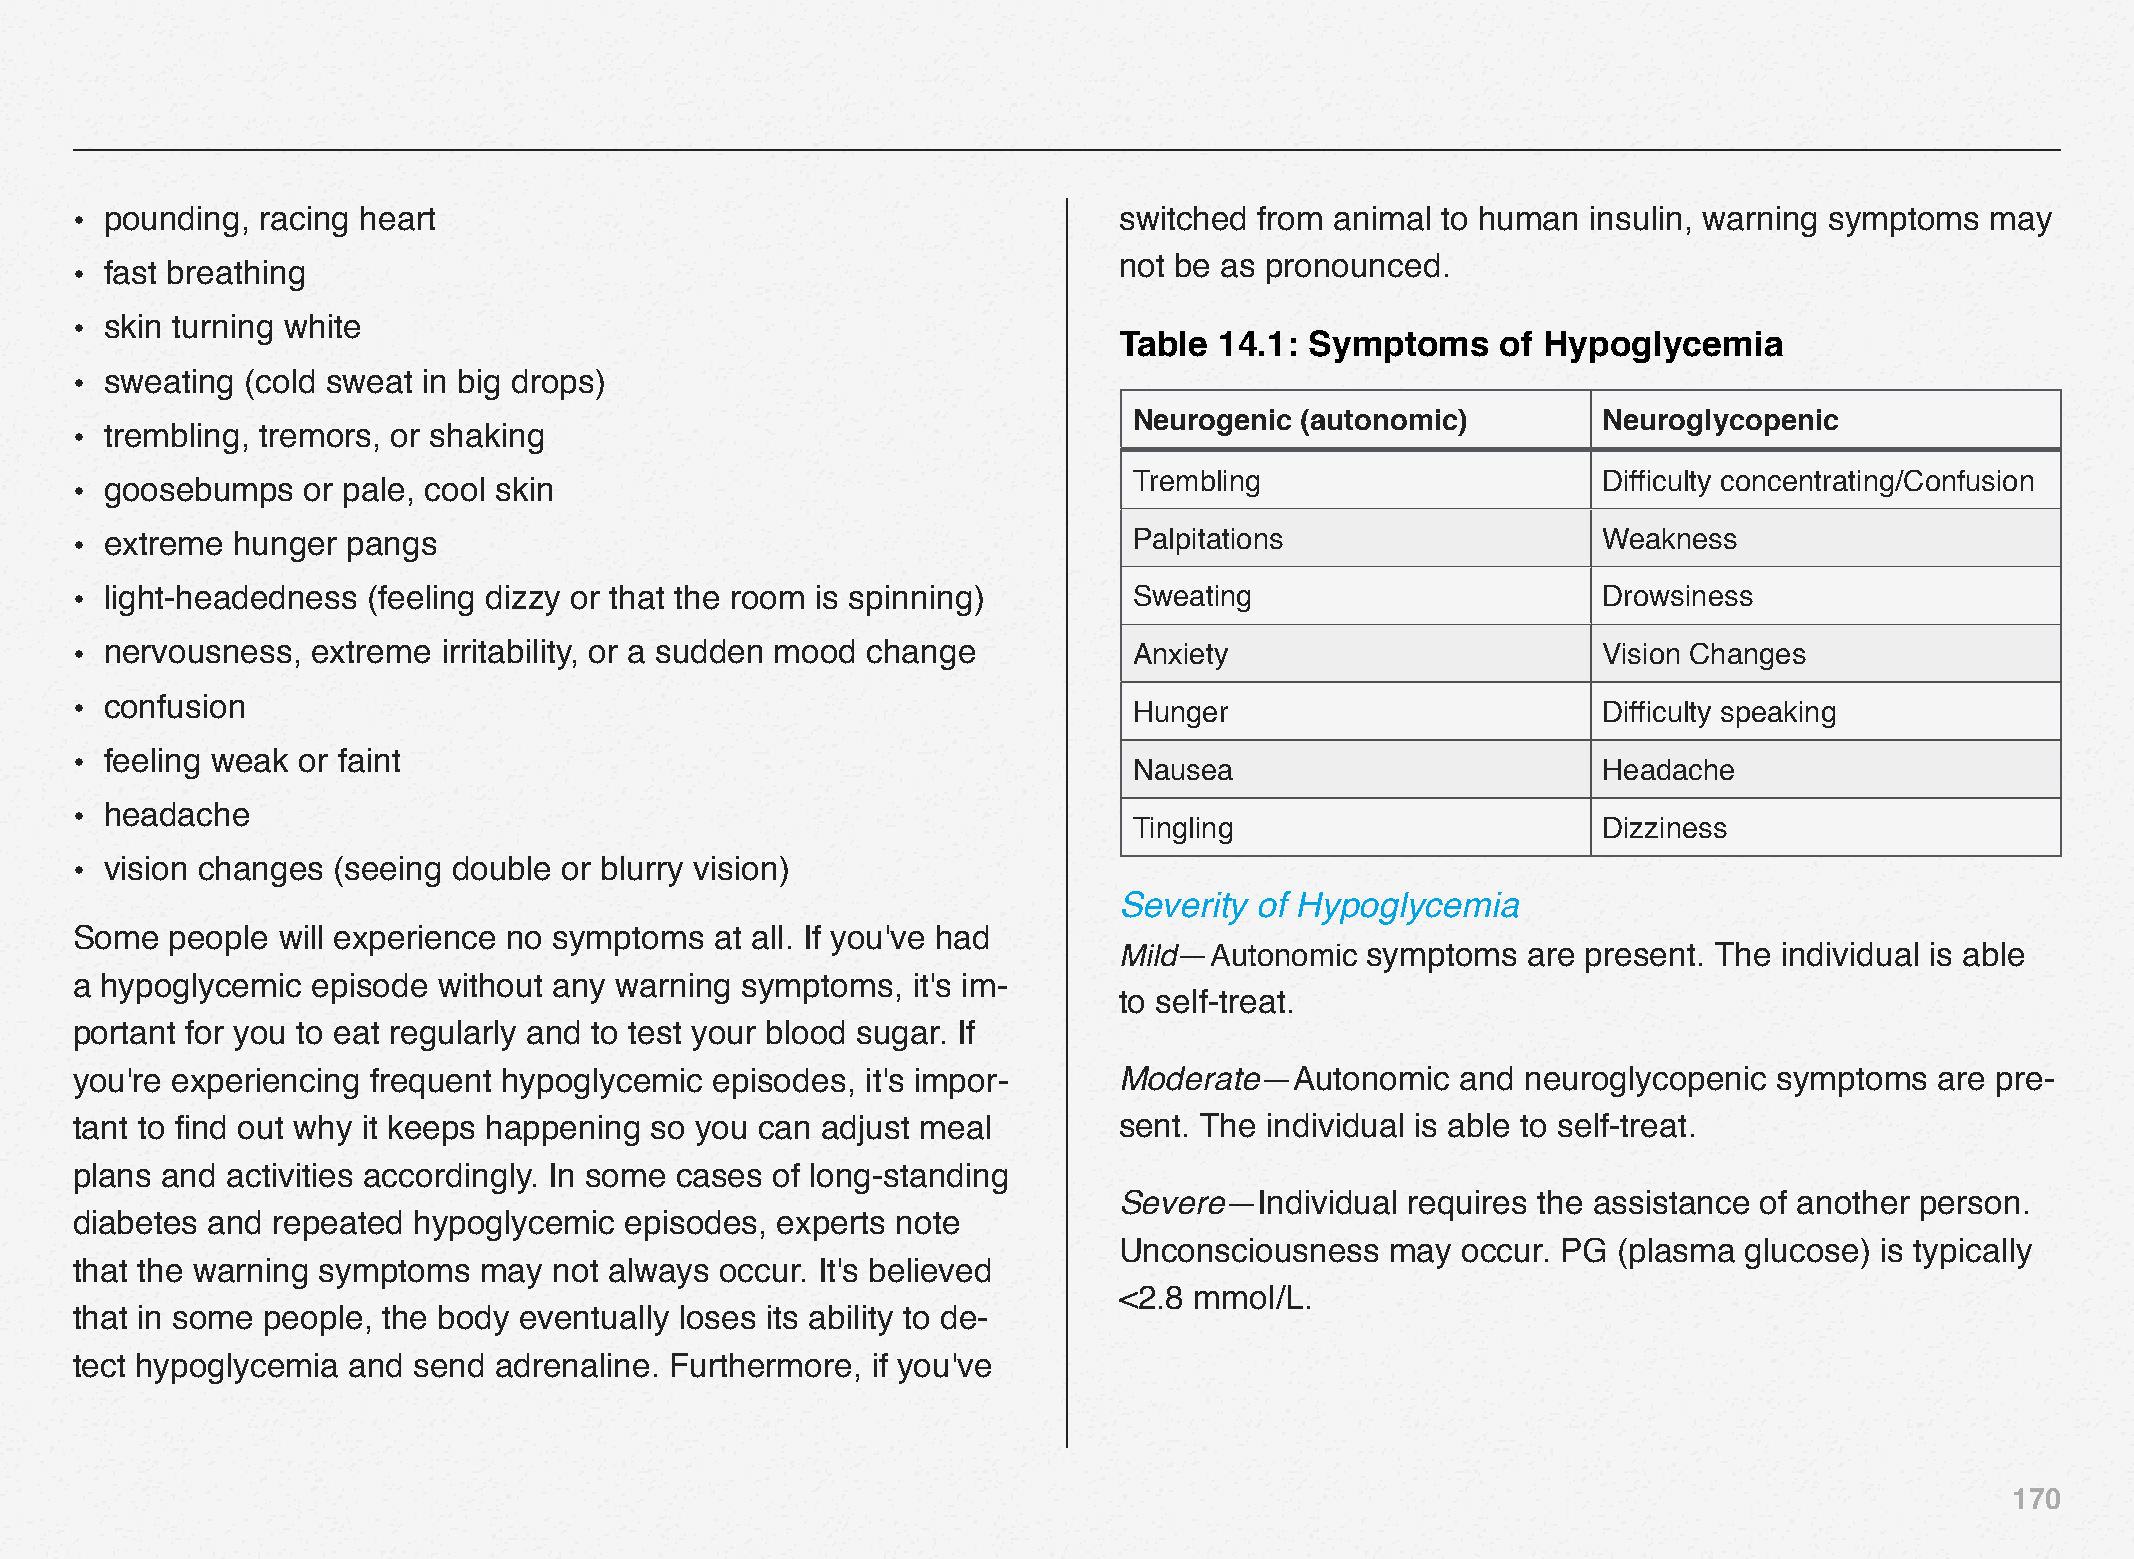
• pounding, racing heart                                             switched from animal to human  insulin, warning symptoms  may
 not be as pronounced.
 • fast breathing
 • skin turning white
 Table  14.1: Symptoms    of Hypoglycemia
 • sweating (cold sweat in big drops)
 Neurogenic (autonomic)         Neuroglycopenic
 • trembling, tremors, or shaking
 Trembling                      Difficulty concentrating/Confusion
 • goosebumps   or pale, cool skin
 • extreme hunger  pangs                                               Palpitations                   Weakness
 • light-headedness (feeling dizzy or that the room is spinning)       Sweating                       Drowsiness
 • nervousness,  extreme irritability, or a sudden mood change         Anxiety                        Vision Changes
 • confusion                                                           Hunger                         Difficulty speaking
 • feeling weak or faint
 Nausea                         Headache
 • headache
 Tingling                       Dizziness
 • vision changes (seeing double or blurry vision)
 Severity of Hypoglycemia
 Some  people will experience no symptoms  at all. If you've had
 Mild—Autonomic  symptoms   are present. The individual is able
 a hypoglycemic  episode without any warning symptoms,  it's im-
 to self-treat.
 portant for you to eat regularly and to test your blood sugar. If
 you're experiencing frequent hypoglycemic episodes, it's impor-      Moderate—Autonomic     and neuroglycopenic  symptoms  are pre-
 tant to find out why it keeps happening so you can adjust meal       sent. The individual is able to self-treat.
 plans and activities accordingly. In some cases of long-standing
 Severe—Individual  requires the assistance of another person.
 diabetes and repeated hypoglycemic  episodes, experts note
 Unconsciousness   may  occur. PG (plasma  glucose) is typically
 that the warning symptoms  may  not always occur. It's believed
 <2.8 mmol/L.
 that in some people, the body eventually loses its ability to de-
 tect hypoglycemia and send  adrenaline. Furthermore, if you've
 170